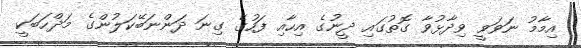
އިމާމު ނަވަވީ ވިދާޅުވާ ގޮތުގައި ދީނުގެ އިހާއި ފަހުގެ ގިނަ ދަންނަބޭކަލުންގެ މަޛްހަބަކީ